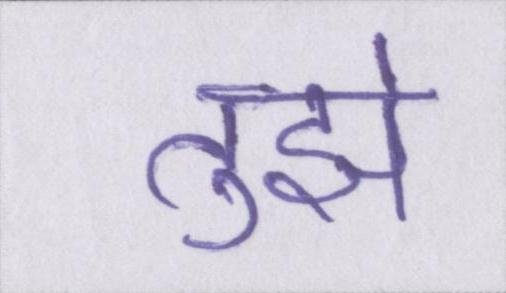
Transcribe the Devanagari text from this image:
तुझे